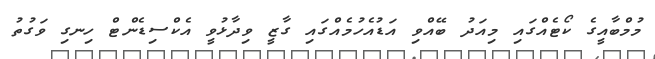
މުމްބާއީގެ ކޯޓެއްގައި މިއަދު ބޭއްވި އަޑުއެހުމެއްގައި ގާޒީ ވިދާޅުވީ އެކްސިޑެންޓް ހިނގި ވަގުތު